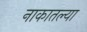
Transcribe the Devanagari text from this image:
नाकातल्या